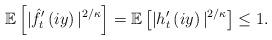
LaTeX: \begin{align*}\mathbb{E}\left[|\hat{f}_{t}'\left(iy\right)|^{2/\kappa} \right] = \mathbb{E}\left[|h_{t}'\left(iy\right)|^{2/\kappa} \right] \le 1.\end{align*}